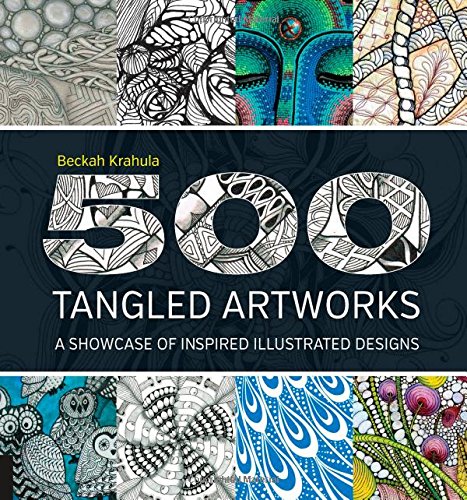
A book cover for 500 Tangled Artworks: A Showcase of Inspired Illustrated Designs; Beckah Krahula; Self-Help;